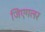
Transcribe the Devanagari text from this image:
जिएगलर